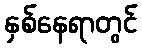
နှစ်နေရာတွင်